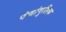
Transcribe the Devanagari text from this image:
पंचांगुलिक